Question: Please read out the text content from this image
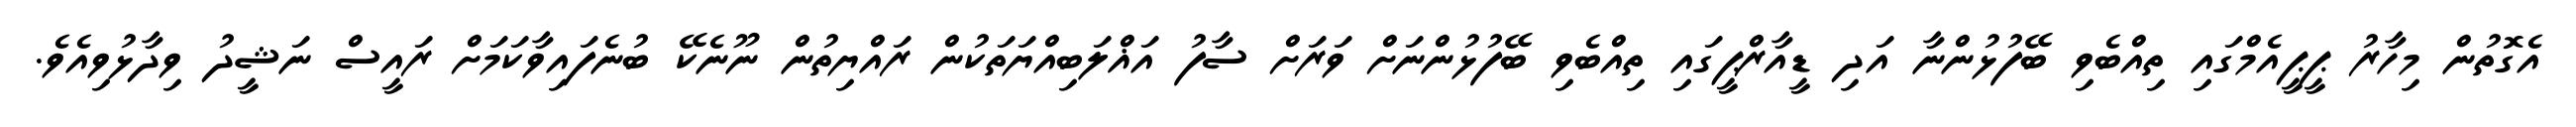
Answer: އެގޮތުން މިހާރު ޕީޕީއެމްގައި ތިއްބެވި ބޭފުޅުންނާ އަދި ޑީއާރްޕީގައި ތިއްބެވި ބޭފުޅުންނަށް ވަރަށް ސާފު އަޣްލަބިއްޔަތަކުން ރައްޔިތުން ނޫނެކޭ ބުނެފައިވާކަމަށް ރައީސް ނަޝީދު ވިދާޅުވިއެވެ.